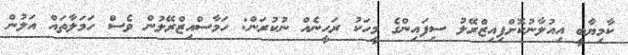
ކާމިޔާބީ އިއުލާނުކޮށްފިއިޒްރޭލު ސިފައިންގެ މީހަކު ރަހީނެއް ނުކުރަން: ހަމާސްއިޒްރޭލުން ވެސް ހަމަލާތައް އަލުން